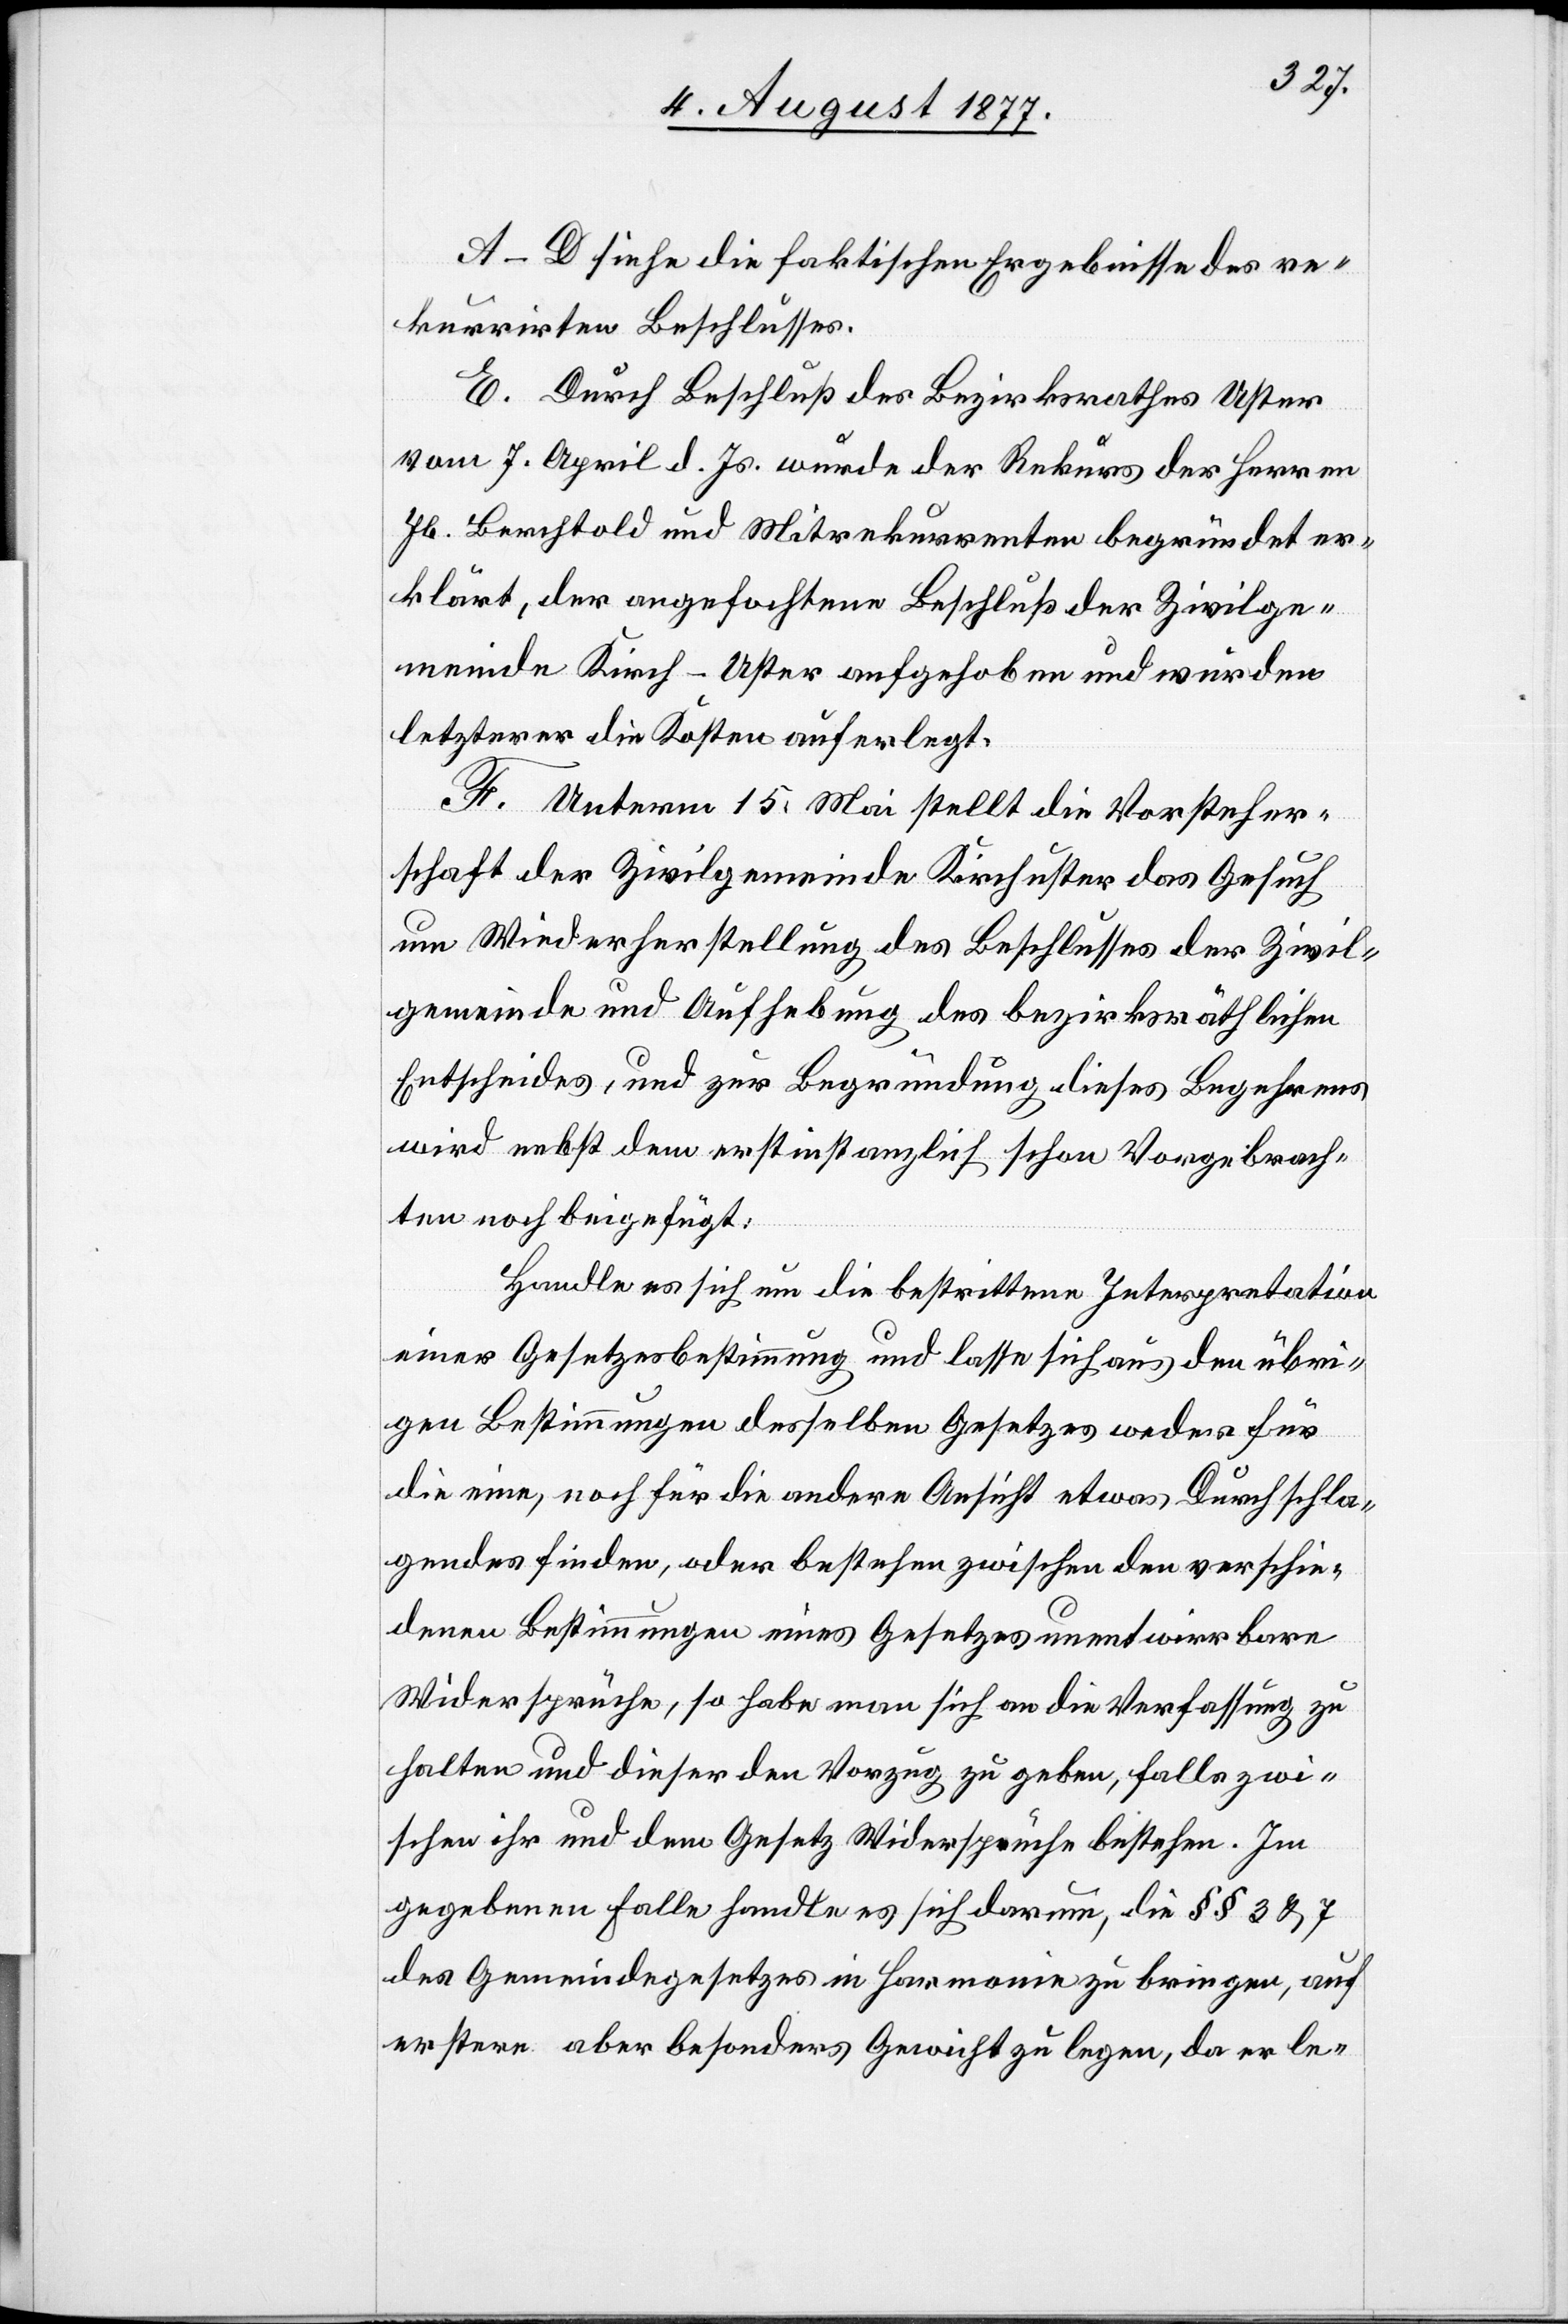
A–D. siehe die faktischen Ergebnisse des re¬
kurrirten Beschlusses.
E. Durch Beschluß des Bezirksrathes Uster
vom 7. April d. Js. wurde der Rekurs der Herren
Jb. Berchtold und Mitrekurrenten begründet er¬
klärt, der angefochtene Beschluß der Zivilge¬
meinde Kirch-Uster aufgehoben und wurden
letzterer die Kosten auferlegt.
F. Unterm 15. Mai stellt die Vorsteher¬
schaft der Zivilgemeinde Kirchuster das Gesuch
um Wiederherstellung des Beschlusses der Zivil¬
gemeinde und Aufhebung des bezirksräthlichen
Entscheides, und zur Begründung dieses Begehrens
wird nebst dem erstinstanzlich schon Vorgebrach¬
ten noch beigefügt:
Handle es sich um die bestrittene Interpretation
einer Gesetzesbestimmung und lasse sich aus den übri¬
gen Bestimmungen desselben Gesetzes weder für
die eine, noch für die andere Ansicht etwas Durchschla¬
gendes finden, oder bestehen zwischen den verschie¬
denen Bestimmungen eines Gesetzes unentwirrbare
Widersprüche, so habe man sich an die Verfassung zu
halten und dieser den Vorzug zu geben, falls zwi¬
schen ihr und dem Gesetz Widersprüche bestehen. Im
gegebenen Falle handle es sich darum, die §§ 3 & 7
des Gemeindegesetzes in Harmonie zu bringen, auf
erstern aber besonders Gewicht zu legen, da er le-